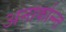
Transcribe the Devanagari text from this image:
अनार्कान्न्त